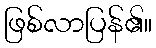
ဖြစ်လာပြန်၏။